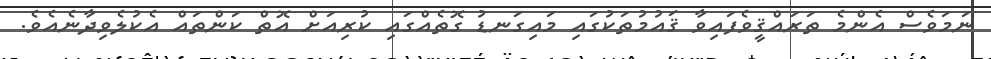
ނަމަވެސް އެންމެ ތަރައްޤީވެފައިވާ ޤައުމުތަކުގައި މައިގަނޑު ގޮތެއްގައި ކުރިއަށް އޮތް ކަންތައް އެކުލެވިދާނެއެވެ.